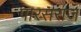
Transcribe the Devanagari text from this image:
पारसराज